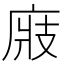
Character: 𢉎